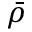
\bar { \rho }